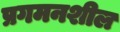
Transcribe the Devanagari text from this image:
प्रगमनशील